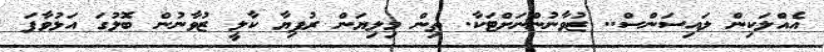
އެއްލަކިން ލައިސަންސް.. ޒުވާނުންނަށްޓަކާ. ތިން މިލިޔަން ރުފިޔާ ކާލީ ޒުވާނުން ބޮލުގަ އަޅުވާފަ